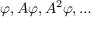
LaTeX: \varphi , A \varphi , A ^ { 2 } \varphi , \ldots